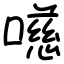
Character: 㘂